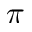
\pi